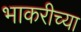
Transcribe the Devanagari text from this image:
भाकरीच्या